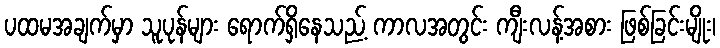
ပထမအချက်မှာ သူပုန်များ ရောက်ရှိနေသည့် ကာလအတွင်း ကျီးလန့်အစား ဖြစ်ခြင်းမျိုး၊